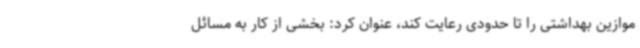
موازین بهداشتی را تا حدودی رعایت کند، عنوان کرد: بخشی از کار به مسائل